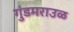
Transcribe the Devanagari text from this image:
गुंडमराउळ